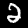
Digit: 2